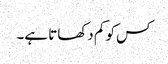
کس کو کم دکھاتا ہے۔